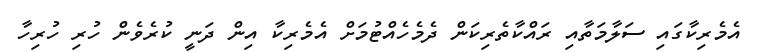
އެމެރިކާގައި ސަލާމަތާއި ރައްކާތެރިކަން ދެމެހެއްޓުމަށް އެމެރިކާ އިން ދަނީ ކުރެވެން ހުރި ހުރިހާ